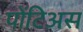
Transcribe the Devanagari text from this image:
पोंटिअस